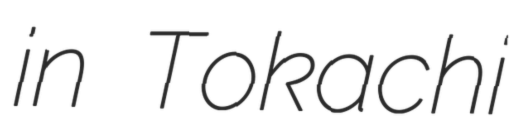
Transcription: in Tokachi